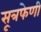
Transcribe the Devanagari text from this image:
सूत्रफेणी